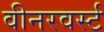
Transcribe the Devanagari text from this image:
वीनरवर्स्ट